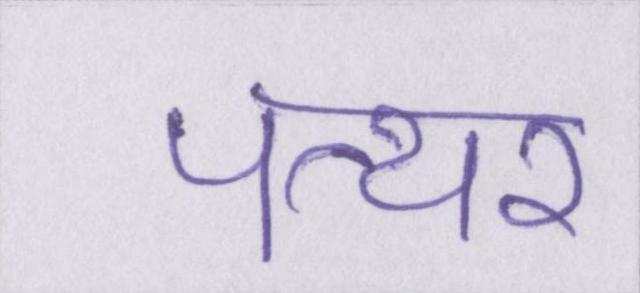
पत्थर